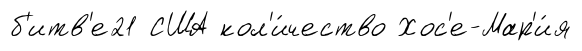
б'итв'е21 США кол'и́чество Хос'е-Мар'и́я